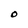
Character: O